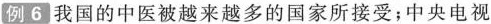
例6 我国的中医被越来越多的国家所接受；中央电视